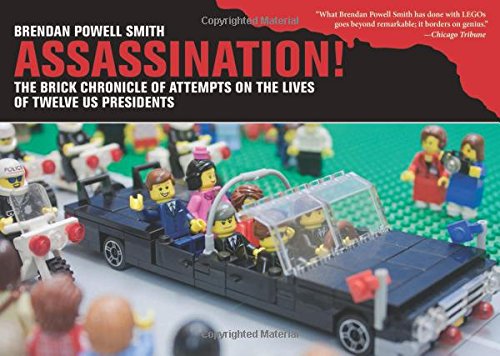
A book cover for Assassination!: The Brick Chronicle of Attempts on the Lives of Twelve US Presidents; Brendan Powell Smith; Children's Books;